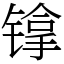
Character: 镎